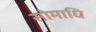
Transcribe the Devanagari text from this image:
सोमाधि